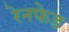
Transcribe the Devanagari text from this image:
रेनफेड